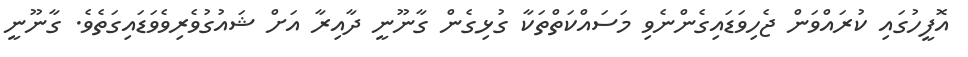
އޮފީހުގައި ކުރައްވަން ޖެހިވަޑައިގެންނެވި މަސައްކަތްތަކާ ގުޅިގެން ގާނޫނީ ދާއިރާ އަށް ޝައުގުވެރިވެވަޑައިގަތެވެ. ގާނޫނީ